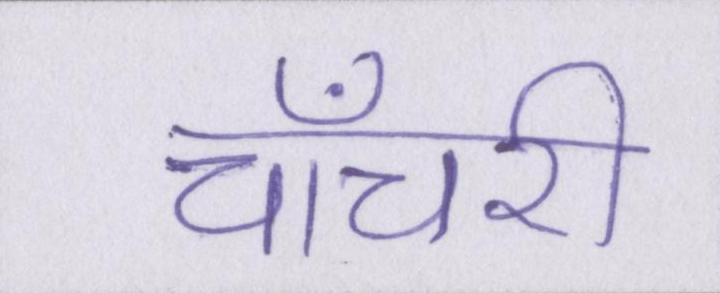
चाँचरी